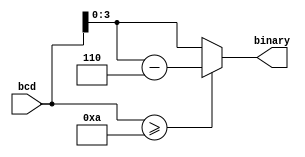
`timescale 1ns / 1ps
//////////////////////////////////////////////////////////////////////////////////

// ID     : N180116
//Branch  : ECE
//Project Name : RTL design using Verilog
//Design  Nmae : 4 BIT BCD TO BINARY CODE CONVERTER
//Module  Nmae : BCD TO BINARY CODE CONVERTER MAIN DESIGN MODULE
//RGUKT NUZVID 
//////////////////////////////////////////////////////////////////////////////////


module BCD_TO_BINARY(bcd,binary);
input[7:0]bcd;
output reg [3:0]binary;

always@(bcd) begin
    if(bcd>=10) begin
        binary = bcd-6;
        end
    else begin
        binary = bcd;
        end
end
endmodule